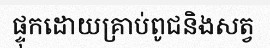
ផ្ទុកដោយគ្រាប់ពូជនិងសត្វ